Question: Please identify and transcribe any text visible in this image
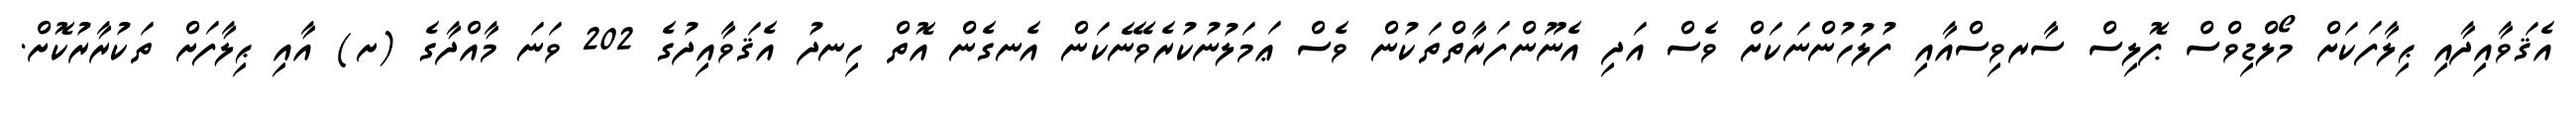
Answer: އެޤަވާއިދާއި ޙިލާފަކަށް މޯލްޑިވްސް ޕޮލިސް ސާރވިސްއާއި ފުލުހުންނަކަށް ވެސް އަދި އެނޫންފަރާތްތަކުން ވެސް ޢަމަލުނުކުރެވޭނެކަން އެނގެން އޮތް ހިނދު އެޤަވާއިދުގެ 202 ވަނަ މާއްދާގެ (ށ) އާއި ޙިލާފަށް ތަކުރާރުކޮށް.